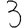
Digit: 3